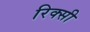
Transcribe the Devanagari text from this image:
रिक्सी